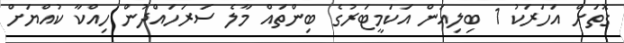
ގޮތަށް އަހަރަކު 1 ބިލިއަން އަކަމީޓަރުގެ ބިންތައް މާލެ ސަރަހައްދުން ހިއްކާ ކުއްޔަށް